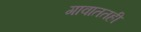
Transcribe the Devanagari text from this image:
गावाततही